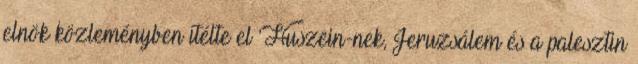
elnök közleményben ítélte el ’Huszein-nek, Jeruzsálem és a palesztin